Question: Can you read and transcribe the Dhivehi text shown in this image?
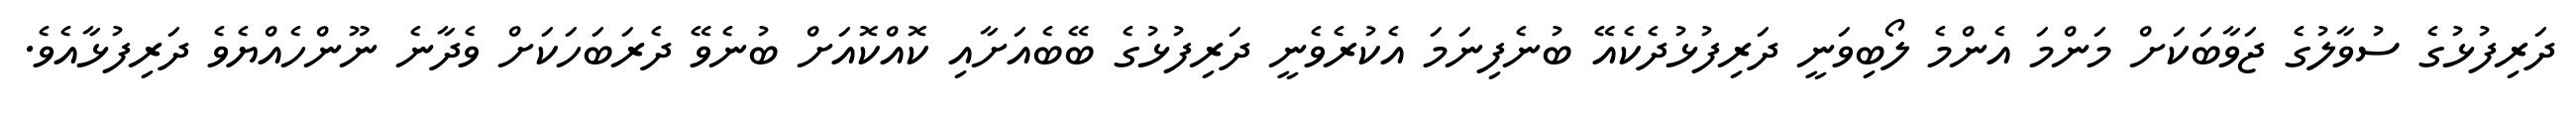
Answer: ދަރިފުޅުގެ ސުވާލުގެ ޖަވާބަކަށް މަންމަ އެންމެ ލޯބިވަނީ ދަރިފުޅުދެކެއޭ ބުނެފިނަމަ އެކުރެވެނީ ދަރިފުޅުގެ ބޭބެއަށާއި ކޮއްކޮއަށް ބުނެވޭ ދެރަބަހަކަށް ވެދާނެ ނޫންހެއްޔެވެ ދަރިފުޅާއެވެ.